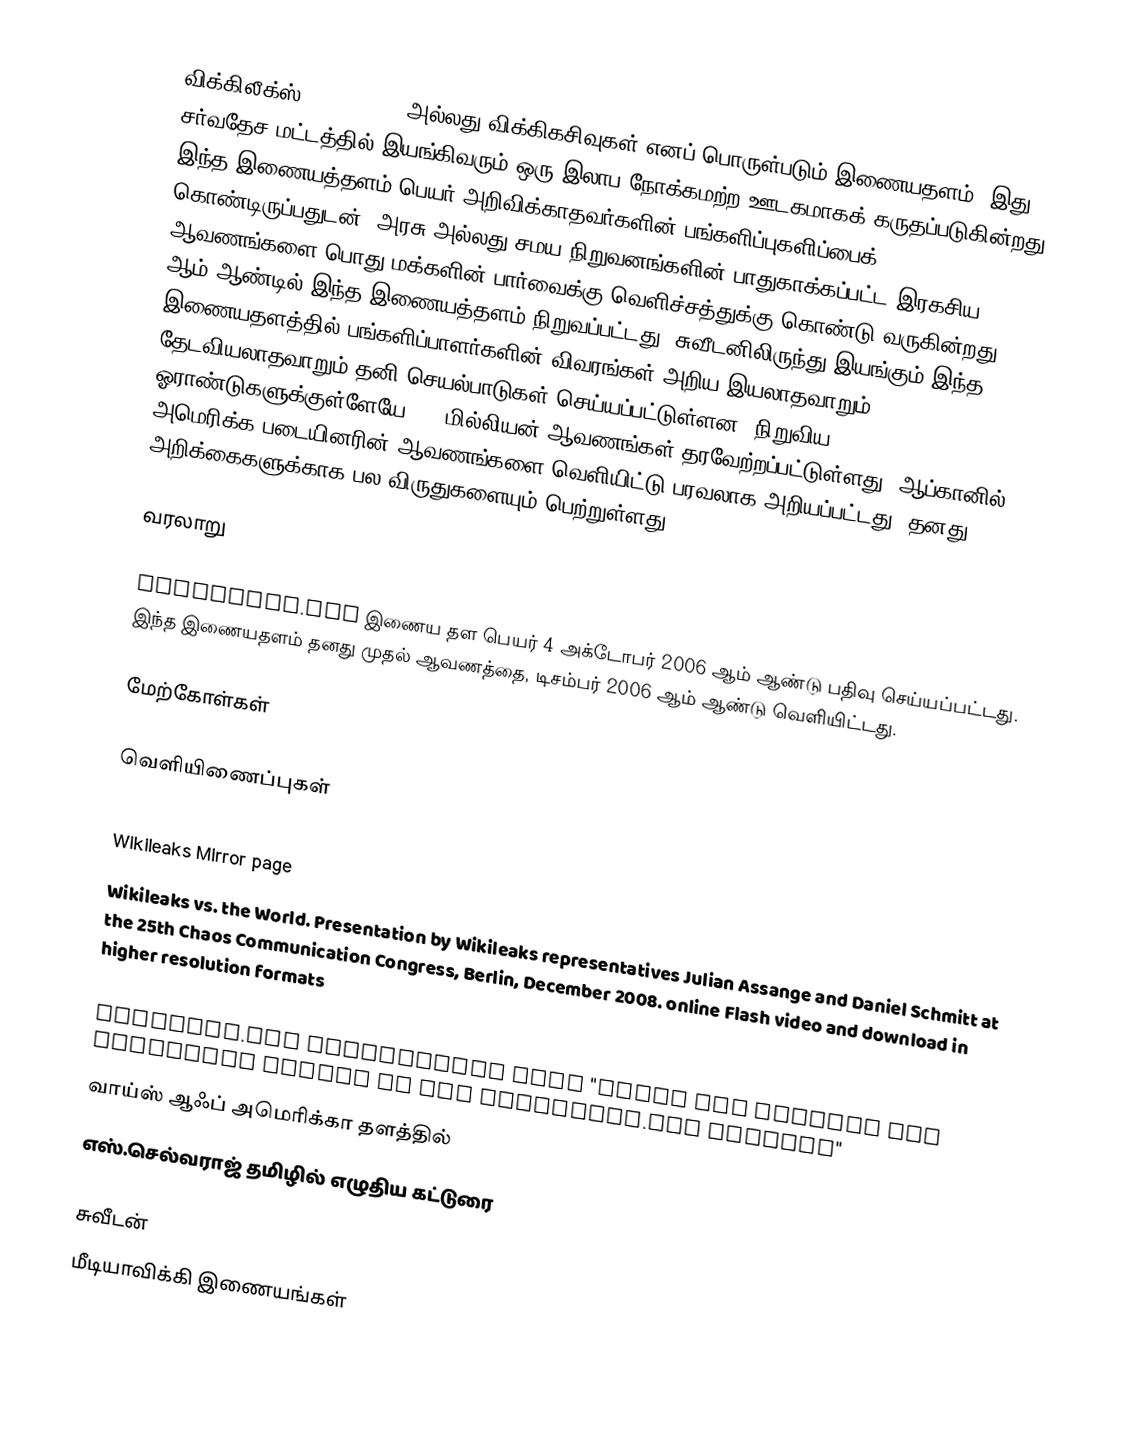
விக்கிலீக்ஸ் (Wikileaks) அல்லது விக்கிகசிவுகள் எனப் பொருள்படும் இணையதளம். இது சர்வதேச மட்டத்தில் இயங்கிவரும் ஒரு இலாப நோக்கமற்ற ஊடகமாகக் கருதப்படுகின்றது. இந்த இணையத்தளம் பெயர் அறிவிக்காதவர்களின் பங்களிப்புகளிப்பைக் கொண்டிருப்பதுடன், அரசு அல்லது சமய நிறுவனங்களின் பாதுகாக்கப்பட்ட இரகசிய ஆவணங்களை பொது மக்களின் பார்வைக்கு வெளிச்சத்துக்கு கொண்டு வருகின்றது. 2006 ஆம் ஆண்டில் இந்த இணையத்தளம் நிறுவப்பட்டது. சுவீடனிலிருந்து இயங்கும் இந்த இணையதளத்தில் பங்களிப்பாளர்களின் விவரங்கள் அறிய இயலாதவாறும் தேடவியலாதவாறும் தனி செயல்பாடுகள் செய்யப்பட்டுள்ளன. நிறுவிய ஓராண்டுகளுக்குள்ளேயே 1.2 மில்லியன் ஆவணங்கள் தரவேற்றப்பட்டுள்ளது. ஆப்கானில் அமெரிக்க படையினரின் ஆவணங்களை வெளியிட்டு பரவலாக அறியப்பட்டது. தனது அறிக்கைகளுக்காக பல விருதுகளையும் பெற்றுள்ளது.

வரலாறு

Wikileaks.org இணைய தள பெயர் 4 அக்டோபர் 2006 ஆம் ஆண்டு பதிவு செய்யப்பட்டது. இந்த இணையதளம் தனது முதல் ஆவணத்தை, டிசம்பர் 2006 ஆம் ஆண்டு வெளியிட்டது.

மேற்கோள்கள்

வெளியிணைப்புகள்
  Wikileaks home page (secure )
  Wikileaks Mirror page
  Wikileaks vs. the World. Presentation by Wikileaks representatives Julian Assange and Daniel Schmitt at the 25th Chaos Communication Congress, Berlin, December 2008. online Flash video and download in higher resolution formats

  WikiLeak.org Independent blog "about the ethical and technical issues of the WikiLeakS.org project"
  வாய்ஸ் ஆஃப் அமெரிக்கா தளத்தில்
  எஸ்.செல்வராஜ் தமிழில் எழுதிய கட்டுரை

சுவீடன்
மீடியாவிக்கி இணையங்கள்